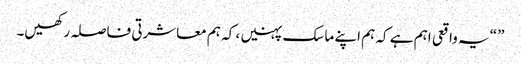
” “یہ واقعی اہم ہے کہ ہم اپنے ماسک پہنیں ، کہ ہم معاشرتی فاصلہ رکھیں۔